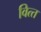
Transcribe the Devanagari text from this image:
वित्‍त